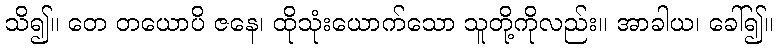
သိ၍။ တေ တယောပိ ဇနေ၊ ထိုသုံးယောက်သော သူတို့ကိုလည်း။ အာခါယ၊ ခေါ်၍။